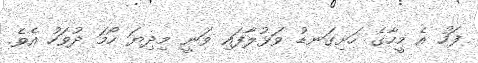
ފަހު އެ މީހާގެ ހަށިގަނޑު ވަޅުލާފައި ވަނީ މިދިޔަ ހޯމަ ދުވަހު އެވެ.